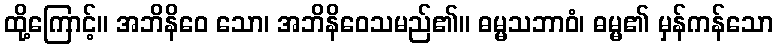
ထို့ကြောင့်။ အဘိနိဝေ သော၊ အဘိနိဝေသမည်၏။ ဓမ္မသဘာဝံ၊ ဓမ္မ၏ မှန်ကန်သော